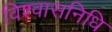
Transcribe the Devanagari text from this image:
विश्वासनिधि